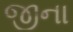
જીના